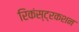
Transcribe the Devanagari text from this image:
रिकंस्ट्रकशन